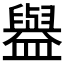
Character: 𰥇